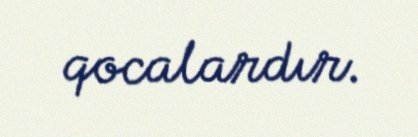
qocalardır.